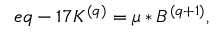
e q - 1 7 K ^ { ( q ) } = \mu \ast B ^ { ( q + 1 ) } ,